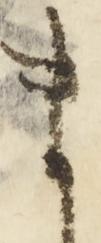
ま